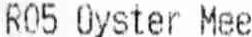
R05 OYSTER MEE